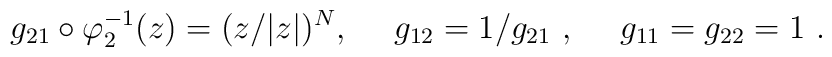
g_{21} \circ \varphi_2 ^{-1} (z) = (z/|z|)^N ,\ \ \ \ g_{12} =1/g_{21}\ ,\ \ \ \  g_{11} = g_{22} = 1 \ .